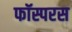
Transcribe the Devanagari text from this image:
फॉस्परस